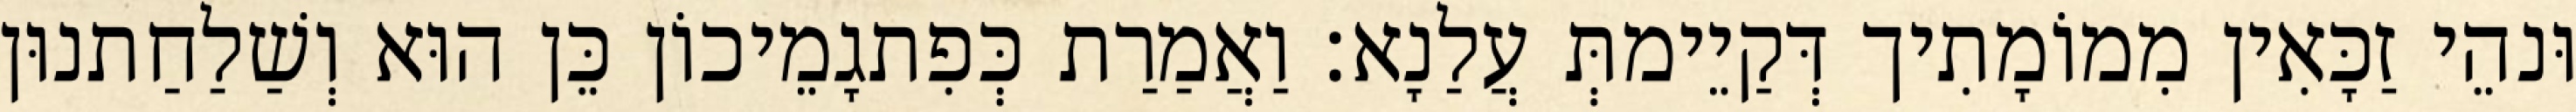
וּנהֵי זַכָּאִין מִמוֹמָתִיך דְּקַיֵימתְּ עֲלַנָא׃ וַאֲמַרַת כְּפִתגָמֵיכוֹן כֵּן הוּא וְשַׁלַחַתנוּן